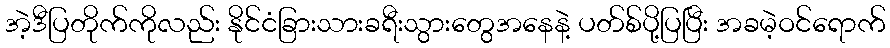
အဲ့ဒီပြတိုက်ကိုလည်း နိုင်ငံခြားသားခရီးသွားတွေအနေနဲ့ ပတ်စ်ပို့ပြပြီး အခမဲ့ဝင်ရောက်